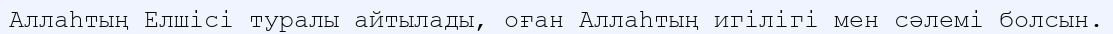
Аллаһтың Елшісі туралы айтылады, оған Аллаһтың игілігі мен сәлемі болсын.